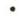
.